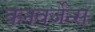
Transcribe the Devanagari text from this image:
कनवर्जेन्स